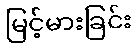
မြင့်မားခြင်း